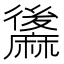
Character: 䵈